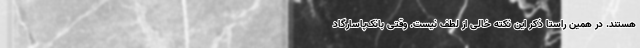
هستند. در همین راستا ذکر این نکته خالی از لطف نیست. وقتی بانک‌پاسارگاد